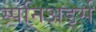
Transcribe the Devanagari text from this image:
स्पनिअर्ड्स